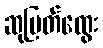
ဆုမြတ်ထွေး